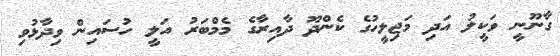
ގާނޫނީ ވަކީލު އަދި މަޖިލީހުގެ ކެންދޫ ދާއިރާގެ މެމްބަރު އަލީ ހުސައިން ވިދާޅުވި